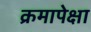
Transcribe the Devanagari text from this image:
क्रमापेक्षा